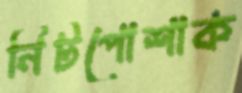
নিটপোশাক